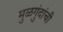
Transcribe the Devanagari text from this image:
मुळगुंदांची